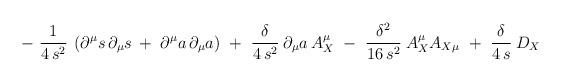
LaTeX: \begin{align*}-\ \frac{1}{4\, s^2}\: \left( \partial^\mu s\, \partial_\mu s\, +\ \partial^\mu a\, \partial_\mu a \right)\ +\ \frac{\delta}{4\, s^2}\: \partial_\mu a\, A_X^\mu\ -\ \frac{\delta^2}{16\, s^2}\: A_X^ \mu A_{X \mu}\ +\ \frac{\delta}{4\, s}\: D_X \end{align*}